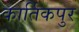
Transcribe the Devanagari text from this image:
कार्तिकपुर